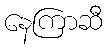
နေကြာဆီ